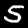
Digit: 5